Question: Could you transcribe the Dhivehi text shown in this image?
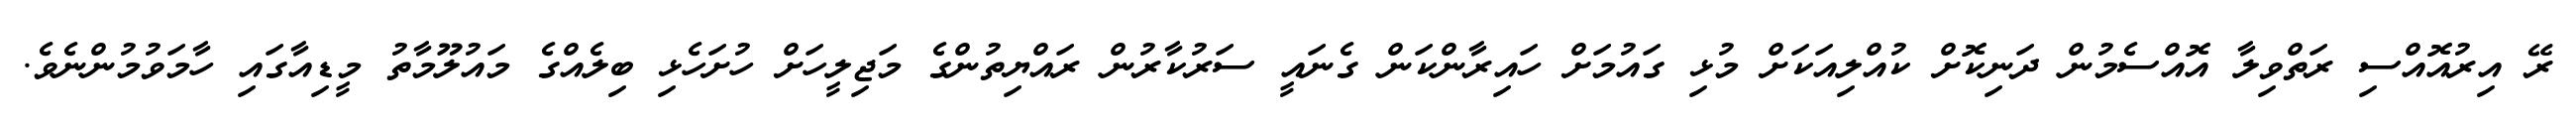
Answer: ރޭ އިރުއޮއްސި ރަތްވިލާ އޮއްސެމުން ދަނިކޮށް ކުއްލިއަކަށް މުޅި ގައުމަށް ހައިރާންކަން ގެނައީ ސަރުކާރުން ރައްޔިތުންގެ މަޖިލީހަށް ހުށަހެޅި ބިލެއްގެ މައުލޫމާތު މީޑިއާގައި ހާމަވުމުންނެވެ.